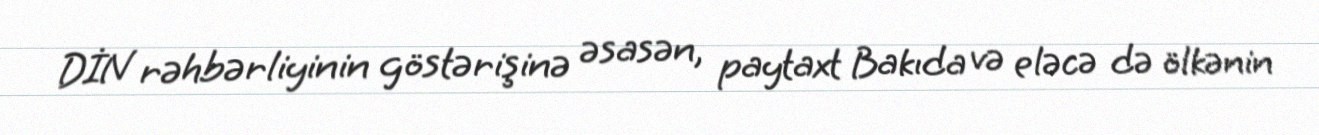
DİN rəhbərliyinin göstərişinə əsasən, paytaxt Bakıda və eləcə də ölkənin